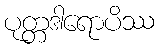
ပုတ္တဒါရောပိဿ